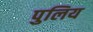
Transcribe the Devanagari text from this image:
पुलिय